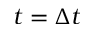
t = \Delta t